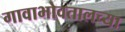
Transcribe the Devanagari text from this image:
गावाभोवतालच्या